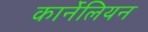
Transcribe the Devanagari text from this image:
कार्नेलियन